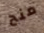
منح